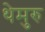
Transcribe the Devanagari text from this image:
थेमुरु